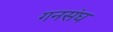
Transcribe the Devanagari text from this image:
गनसंघ